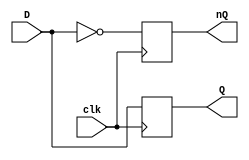
module D_trig(clk,D,Q,nQ);
input clk,D;
output reg Q ,nQ;
always@(posedge clk)
begin
	Q<=D;
	nQ=!D;
end
endmodule